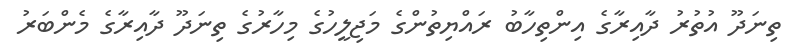
ތިނަދޫ އުތުރު ދާއިރާގެ އިންތިހާބު ރައްޔިތުންގެ މަޖިލީހުގެ މިހާރުގެ ތިނަދޫ ދާއިރާގެ މެންބަރު